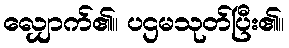
လျှောက်၏။ ပဌမသုတ်ပြီး၏။